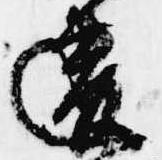
違